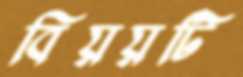
বিয়য়টি